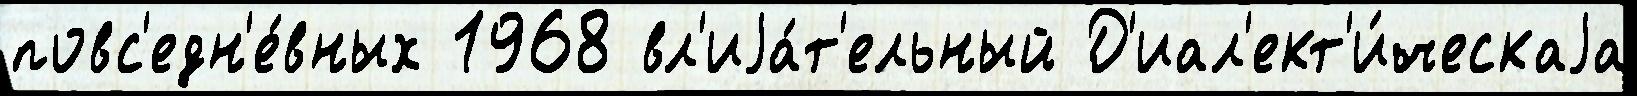
повс'едн'е́вных 1968 вл'иjа́т'ельный Д'иал'ект'и́ческаjа